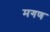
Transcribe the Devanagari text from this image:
मगण